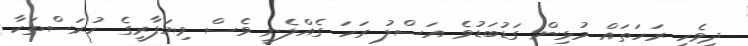
ދިވެހި ރަހަތައް މުޅިން ގަޑުބަޑުވެ އަސްލު ރަހަ ގެއްލެނީ ވެސް ވިޔަފާރީގެ ހުރަސްތަކާ